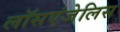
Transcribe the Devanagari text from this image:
लॉसएंजेलिस